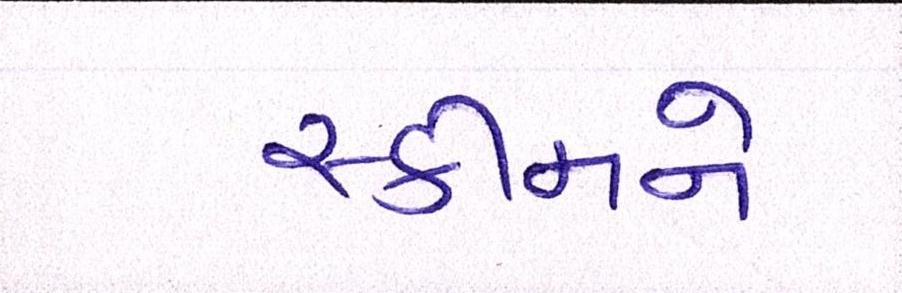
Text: સ્કીમને